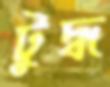
টুদ্ধ